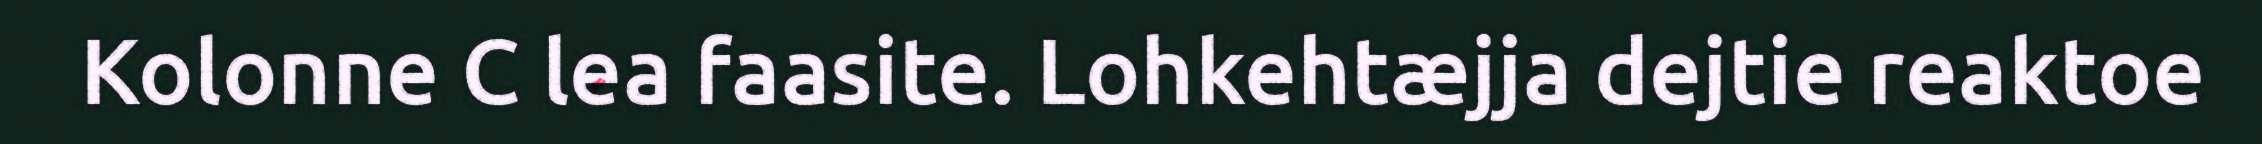
Kolonne C lea faasite. Lohkehtæjja dejtie reaktoe